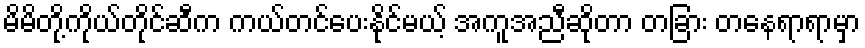
မိမိတို့ကိုယ်တိုင်ဆီက ကယ်တင်ပေးနိုင်မယ့် အကူအညီဆိုတာ တခြား တနေရာရာမှာ